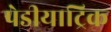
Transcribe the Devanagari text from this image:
पेडीयाट्रिक